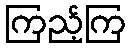
ကြည့်ကြ